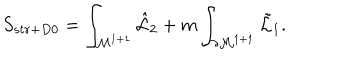
S _ { s t r + D 0 } = \int _ { { \cal M } ^ { 1 + 1 } } { \hat { \cal L } } _ { 2 } + m \int _ { \partial { \cal M } ^ { 1 + 1 } } { \tilde { \cal L } } _ { 1 } .